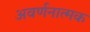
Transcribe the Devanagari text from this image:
अवर्णनात्मक